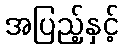
အပြည့်နှင့်